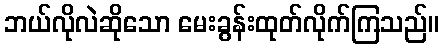
ဘယ်လိုလဲဆိုသော မေးခွန်းထုတ်လိုက်ကြသည်။